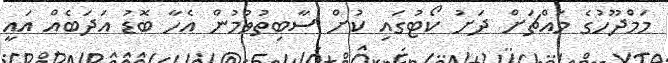
މަމްދޫހުގެ މައްޗަށް ދަށު ކޯޓުގައި ކުށް ސާބިތުވުމުން އެހާ ބޮޑު އަދަބެއް އައީ